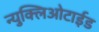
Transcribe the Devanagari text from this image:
न्युक्लिओटाईड